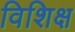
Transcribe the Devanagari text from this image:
विशिक्ष